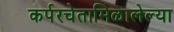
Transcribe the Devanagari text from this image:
कर्परचेतामिळालेल्या